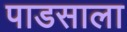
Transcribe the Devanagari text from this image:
पाडसाला